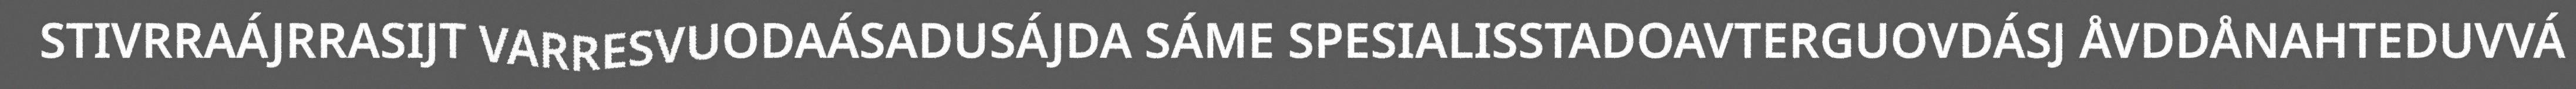
STIVRRAÁJRRASIJT VARRESVUODAÁSADUSÁJDA SÁME SPESIALISSTADOAVTERGUOVDÁSJ ÅVDDÅNAHTEDUVVÁ